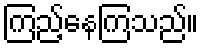
ကြည့်နေကြသည်။